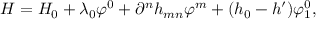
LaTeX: H = H _ { 0 } + \lambda _ { 0 } \varphi ^ { 0 } + \partial ^ { n } h _ { m n } \varphi ^ { m } + ( h _ { 0 } - h ^ { \prime } ) \varphi _ { 1 } ^ { 0 } ,